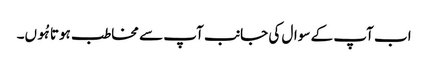
اب آپ کے سوال کی جانب آپ سے مخاطب ہوتا ہُوں۔